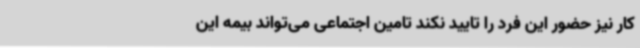
کار نیز حضور این فرد را تایید نکند تامین اجتماعی می‌تواند بیمه این